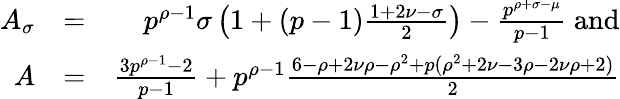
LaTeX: \begin{array}{rlr}{A_{\sigma}}&{=}&{p^{\rho-1}\sigma\left(1+(p-1)\frac{1+2\nu-\sigma}{2}\right)-\frac{p^{\rho+\sigma-\mu}}{p-1}\mathrm{~and}}\\ {A}&{=}&{\frac{3p^{\rho-1}-2}{p-1}+p^{\rho-1}\frac{6-\rho+2\nu\rho-\rho^{2}+p(\rho^{2}+2\nu-3\rho-2\nu\rho+2)}{2}}\end{array}